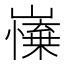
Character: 𡽼